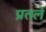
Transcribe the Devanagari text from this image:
प्रतले